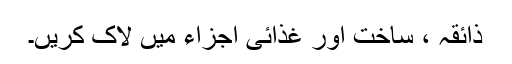
ذائقہ ، ساخت اور غذائی اجزاء میں لاک کریں۔